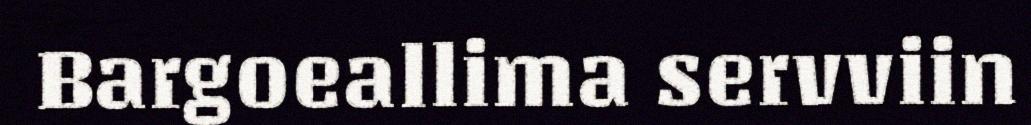
Bargoeallima servviin